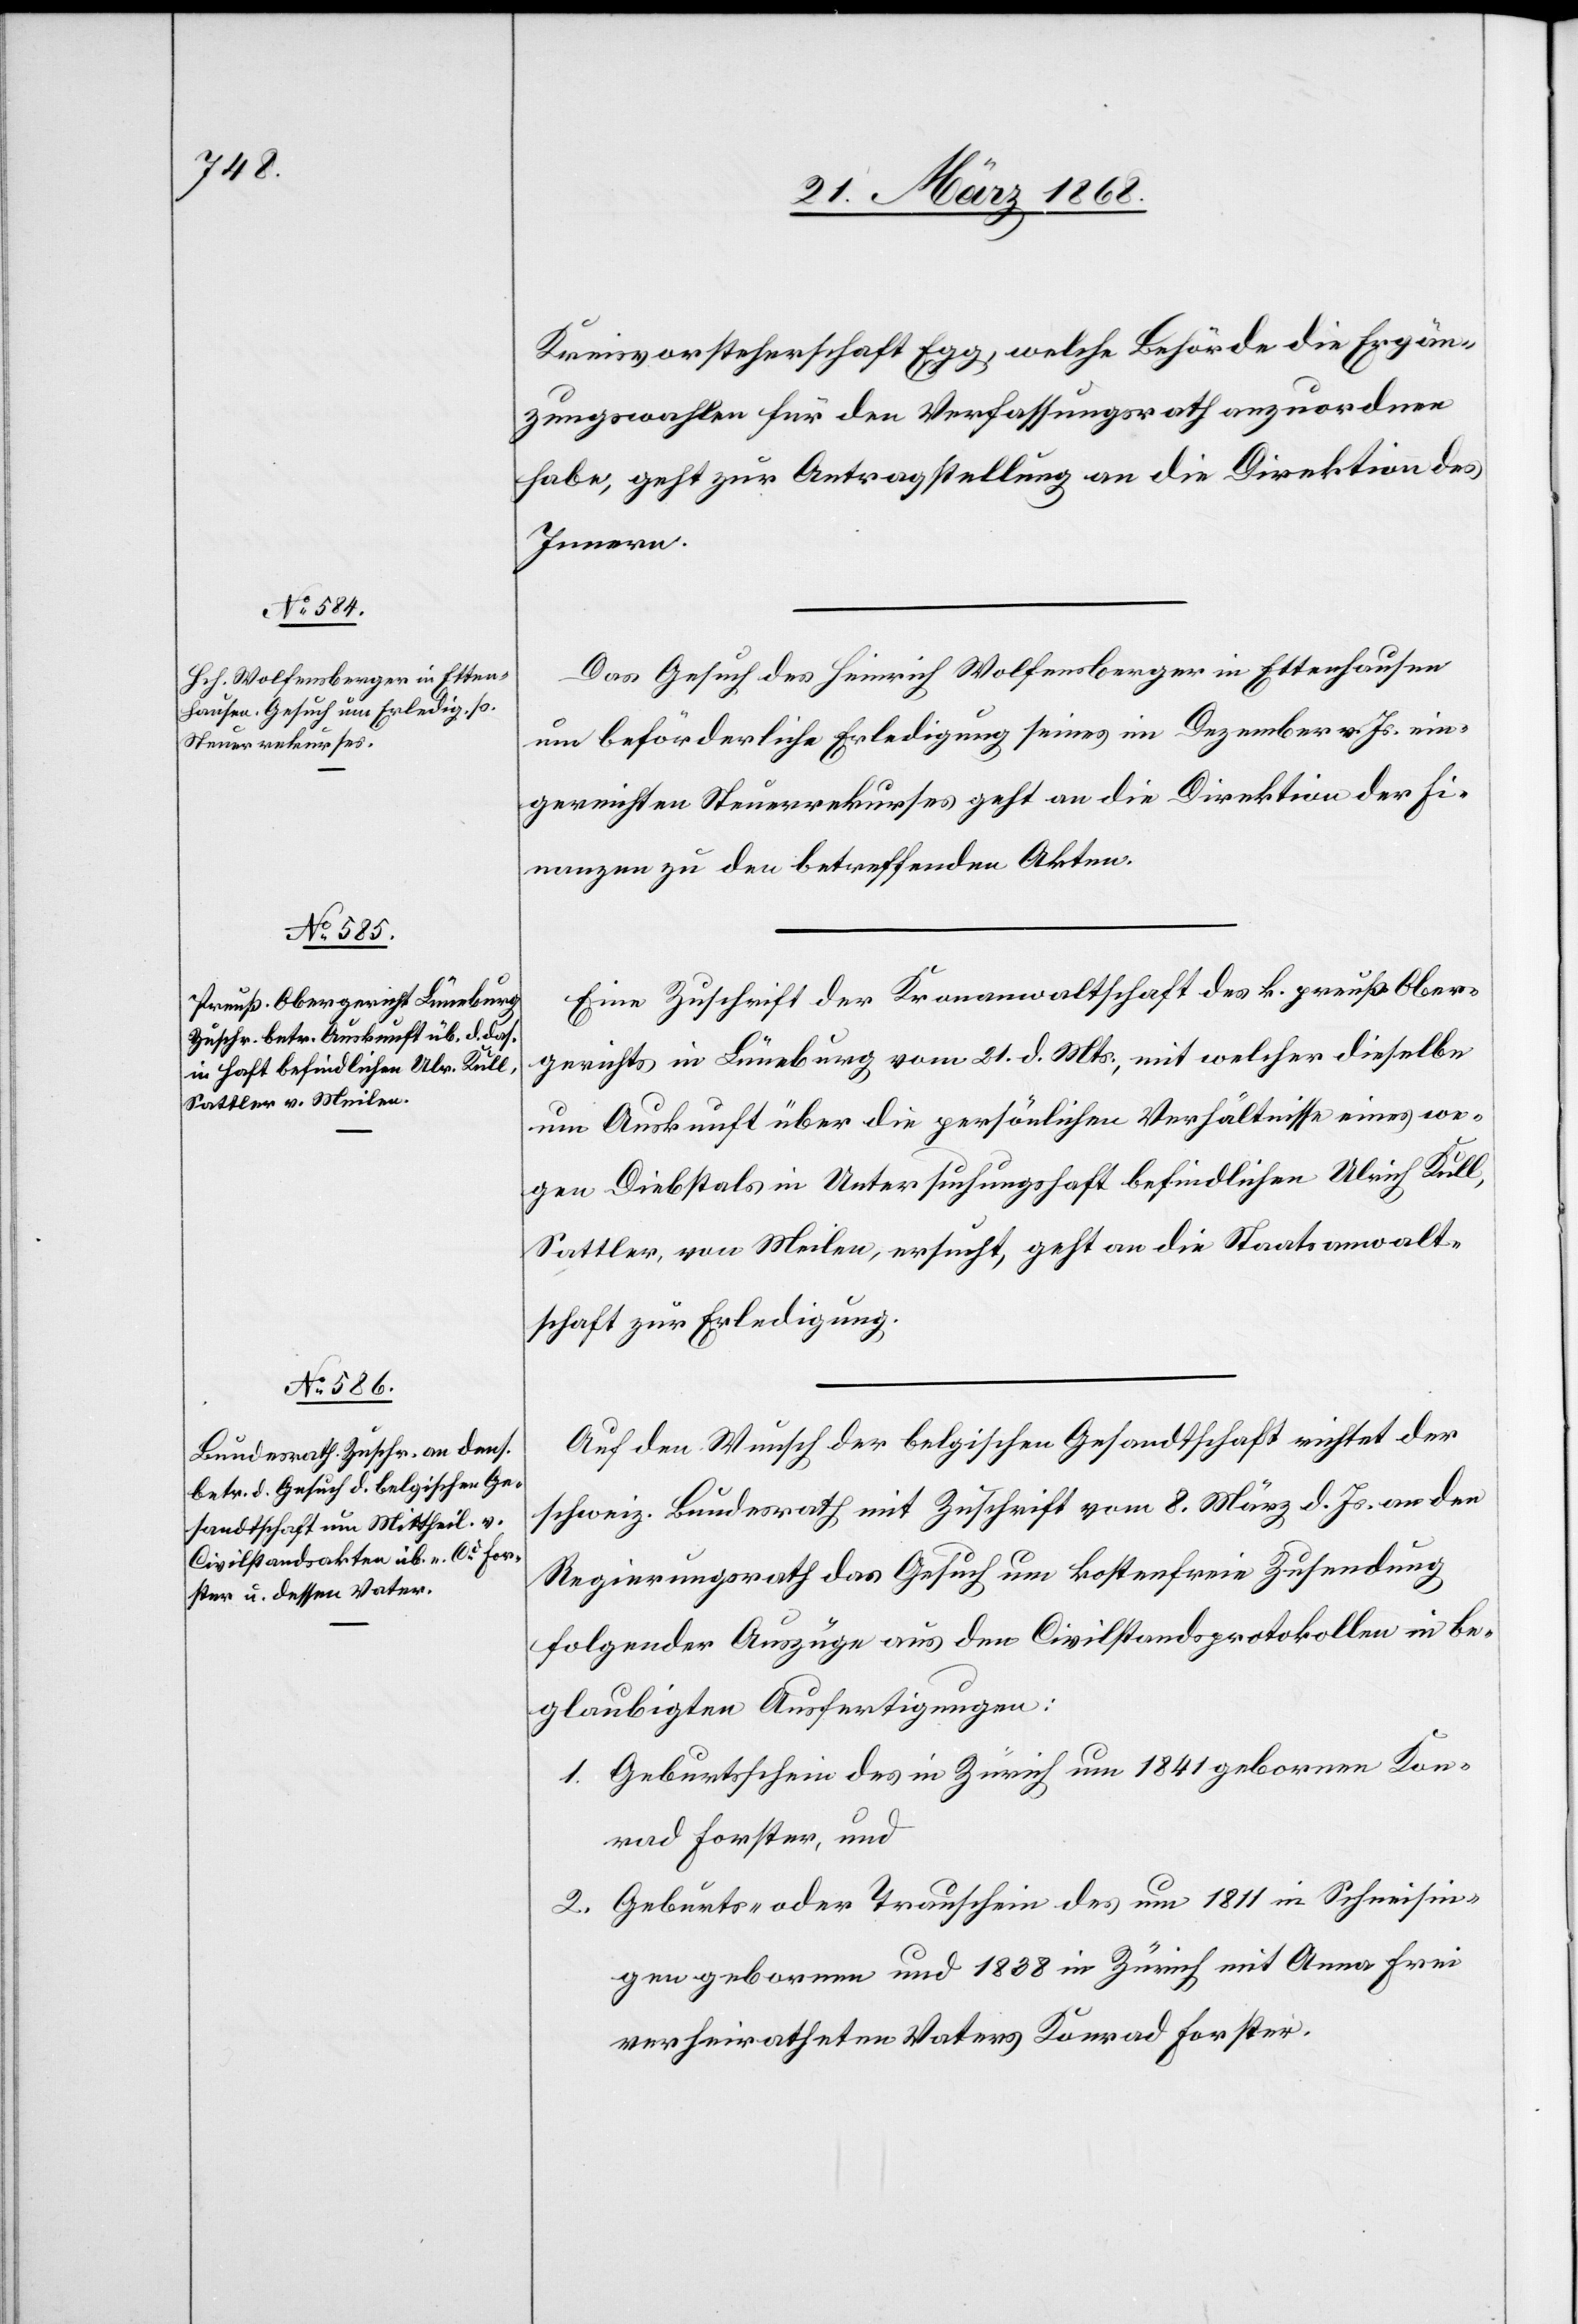
24. März 1868.]
Kreisvorsteherschaft Egg, welche Behörde die Ergän¬
zungswahlen für den Verfassungsrath anzuordnen
habe, geht zur Antragstellung an die Direktion des
Innern.
Das Gesuch des Heinrich Wolfensberger in Ettenhausen
um beförderliche Erledigung seines im Dezember v. Js. ein¬
gereichten Steuerrekurses geht an die Direktion der Fi¬
nanzen zu den betreffenden Akten.
Eine Zuschrift der Kronanwaltschaft des k. preuß. Ober¬
gerichts in Lüneburg vom 21. d. Mts., mit welcher dieselbe
um Auskunft über die persönlichen Verhältnisse eines we¬
gen Diebstals in Untersuchungshaft befindlichen Ulrich Kull,
Sattler, von Meilen, ersucht, geht an die Staatsanwalt¬
schaft zur Erledigung.
Auf den Wunsch der belgischen Gesandtschaft richtet der
schweiz. Bundesrath mit Zuschrift vom 8. März d. Js. an den
Regierungsrath das Gesuch um kostenfreie Zusendung
folgender Auszüge aus den Civilstandsprotokollen in be¬
glaubigten Ausfertigungen:
Geburtsschein des in Zürich um 1841 gebornen Kon¬
rad Forster, und
Geburts- oder Trauschein des um 1811 in Schneisin¬
gen gebornen und 1838 in Zürich mit Anna Frei
verheiratheten Vaters Konrad Forster.